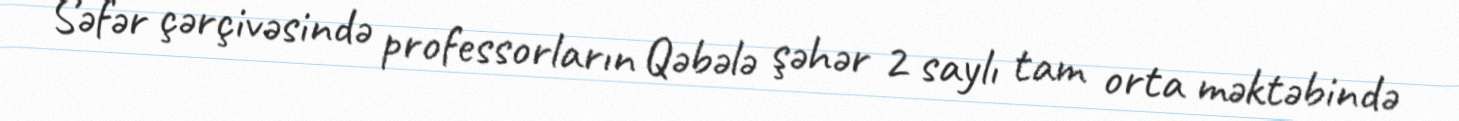
Səfər çərçivəsində professorların Qəbələ şəhər 2 saylı tam orta məktəbində